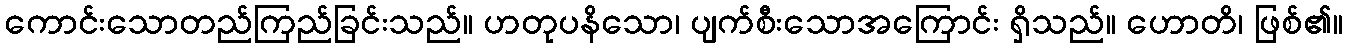
ကောင်းသောတည်ကြည်ခြင်းသည်။ ဟတုပနိသော၊ ပျက်စီးသောအကြောင်း ရှိသည်။ ဟောတိ၊ ဖြစ်၏။